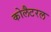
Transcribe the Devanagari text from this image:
कोलैटरल